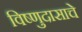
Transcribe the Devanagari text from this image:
विष्णुदासाचे